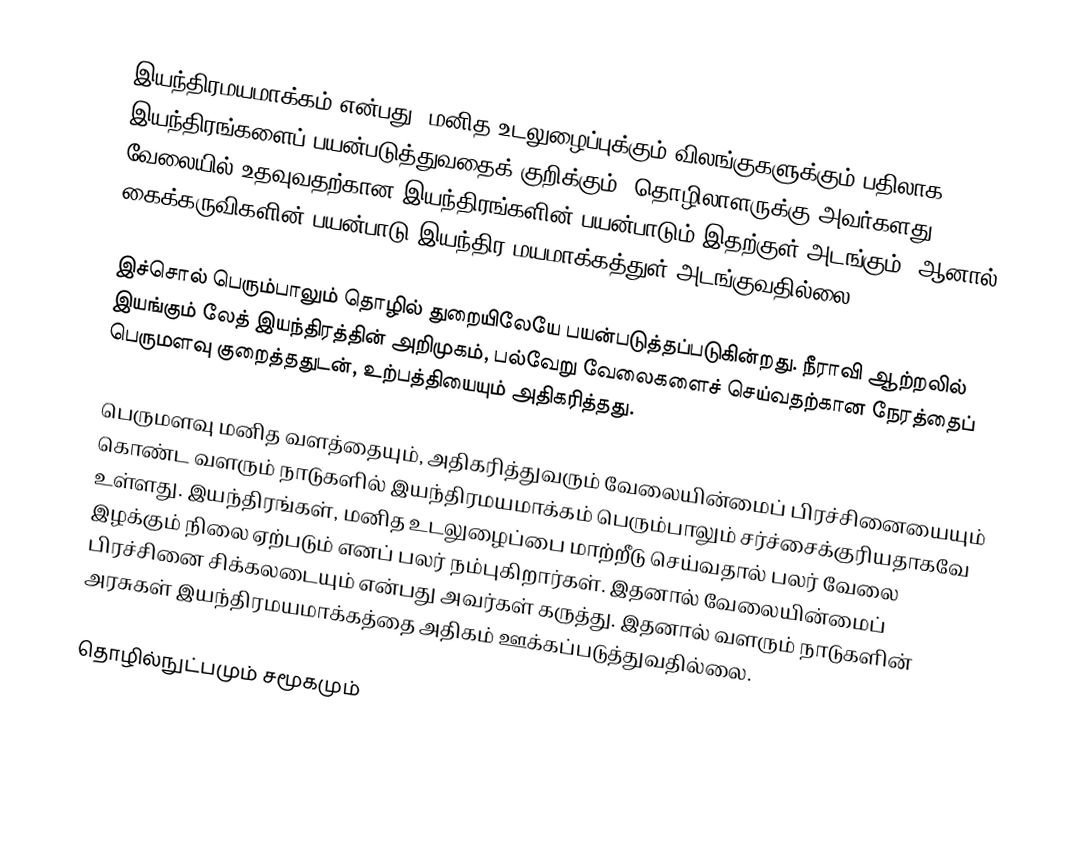
இயந்திரமயமாக்கம் என்பது, மனித உடலுழைப்புக்கும் விலங்குகளுக்கும் பதிலாக இயந்திரங்களைப் பயன்படுத்துவதைக் குறிக்கும். தொழிலாளருக்கு அவர்களது வேலையில் உதவுவதற்கான இயந்திரங்களின் பயன்பாடும் இதற்குள் அடங்கும். ஆனால் கைக்கருவிகளின் பயன்பாடு இயந்திர மயமாக்கத்துள் அடங்குவதில்லை.

இச்சொல் பெரும்பாலும் தொழில் துறையிலேயே பயன்படுத்தப்படுகின்றது. நீராவி ஆற்றலில் இயங்கும் லேத் இயந்திரத்தின் அறிமுகம், பல்வேறு வேலைகளைச் செய்வதற்கான நேரத்தைப் பெருமளவு குறைத்ததுடன், உற்பத்தியையும் அதிகரித்தது.

பெருமளவு மனித வளத்தையும், அதிகரித்துவரும் வேலையின்மைப் பிரச்சினையையும் கொண்ட வளரும் நாடுகளில் இயந்திரமயமாக்கம் பெரும்பாலும் சர்ச்சைக்குரியதாகவே உள்ளது. இயந்திரங்கள், மனித உடலுழைப்பை மாற்றீடு செய்வதால் பலர் வேலை இழக்கும் நிலை ஏற்படும் எனப் பலர் நம்புகிறார்கள். இதனால் வேலையின்மைப் பிரச்சினை சிக்கலடையும் என்பது அவர்கள் கருத்து. இதனால் வளரும் நாடுகளின் அரசுகள் இயந்திரமயமாக்கத்தை அதிகம் ஊக்கப்படுத்துவதில்லை.

தொழில்நுட்பமும் சமூகமும்